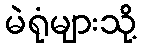
မဲရုံများသို့